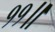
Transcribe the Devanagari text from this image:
११॥